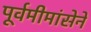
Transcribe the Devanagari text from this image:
पूर्वमीमांसेने